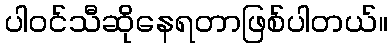
ပါဝင်သီဆိုနေရတာဖြစ်ပါတယ်။